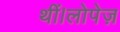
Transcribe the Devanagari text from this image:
थीं।लोपेज़